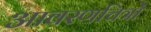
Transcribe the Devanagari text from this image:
आवरणचित्रों